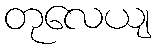
တုလေယျ